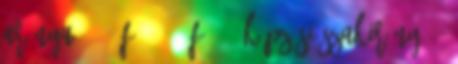
aránya 1788 fő 1853 fő 50 képzési szakirány 11